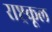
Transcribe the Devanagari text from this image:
राष्ट्रकूल